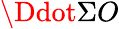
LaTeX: \Ddot{\Sigma}O